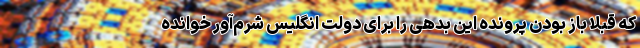
که قبلاً باز بودن پرونده این بدهی را برای دولت انگلیس شرم‌آور خوانده